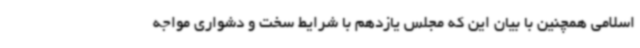
اسلامی همچنین با بیان این که مجلس یازدهم با شرایط سخت و دشواری مواجه